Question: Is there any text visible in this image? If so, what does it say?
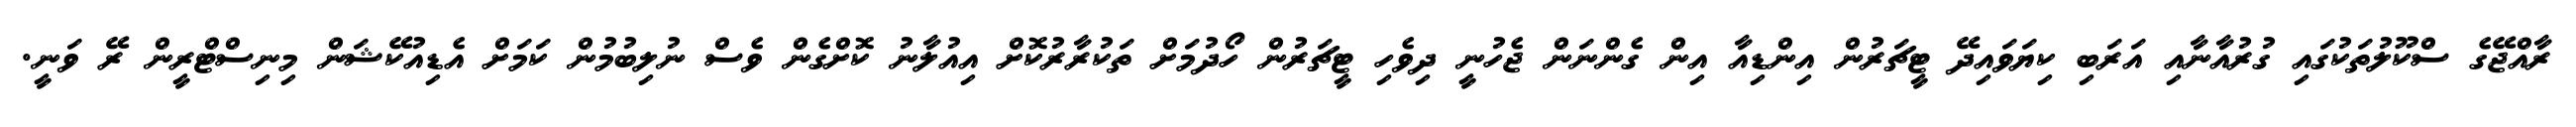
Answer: ރާއްޖޭގެ ސްކޫލުތަކުގައި ގުރުއާނާއި އަރަބި ކިޔަވައިދޭ ޓީޗަރުން އިންޑިއާ އިން ގެންނަން ޖެހުނީ ދިވެހި ޓީޗަރުން ހޯދުމަށް ތަކުރާރުކޮށް އިއުލާނު ކޮށްގެން ވެސް ނުލިބުމުން ކަމަށް އެޑިއުކޭޝަން މިނިސްޓްރީން ރޭ ވަނީ.